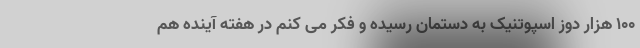
۱۰۰ هزار دوز اسپوتنیک به دستمان رسیده و فکر می کنم در هفته آینده هم